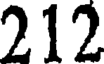
212